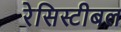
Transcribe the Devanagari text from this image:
रेसिस्टीबल